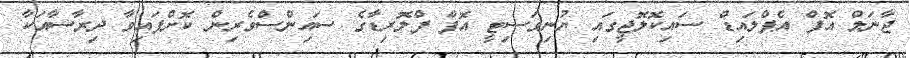
ޖާނަލް އޮފް އެޕްލައިޑް ސައިކޮލޮޖީގައި ޔުނިވަސިޓީ އޮފް ފްލޮރިޑާގެ ސައިންސްވެރިން ކޮށްފައިވާ ދިރާސާއަކާ